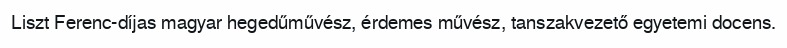
Liszt Ferenc-díjas magyar hegedűművész, érdemes művész, tanszakvezető egyetemi docens.